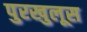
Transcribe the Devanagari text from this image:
पुरखुलूस